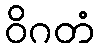
ဝိဂတံ